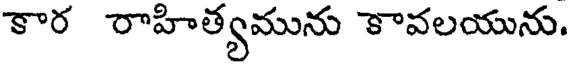
కార రాహిత్యమును కావలయును.